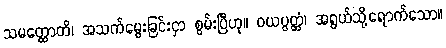
သမတ္ထောတိ၊ အသက်မွေးခြင်းငှာ စွမ်းပြီဟု။ ဝယပ္ပတ္တံ၊ အရွယ်သို့ရောက်သော။